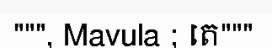
""", Mavula ; តេ"""